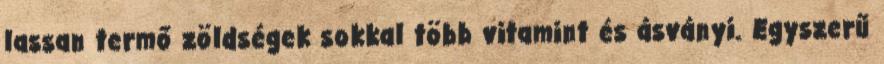
lassan termő zöldségek sokkal több vitamint és ásványi. Egyszerű